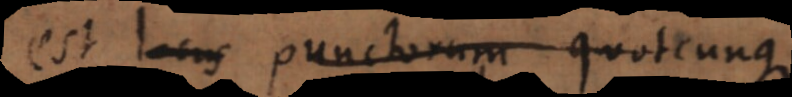
est locus punctorum quotcunque